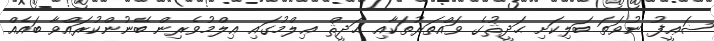
ޟަޢީފު ނުވަތަ ބަލިކަށި ޙަދީޘުގެ ވައްތަރުތަކާއި ޙަދީޘް ޢިލްމުގައި ޢިލްމުވެރިން ބޭނުންކުރައްވާ ބައެއް